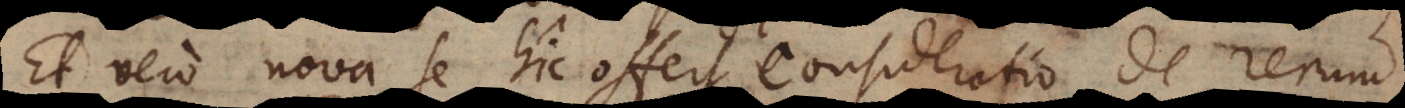
Et vero nova se hic offert consideratio de rerum